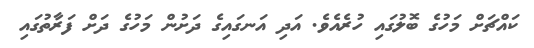
ކައްޗަށް މަހުގެ ބޮލުގައި ހުރެއެވެ. އަދި އަނގައިގެ ދަށުން މަހުގެ ދަށް ފަރާތުގައި